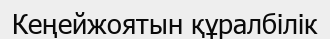
Кеңейжоятын құралбілік